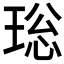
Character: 𤥼